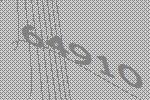
64910